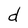
Character: d